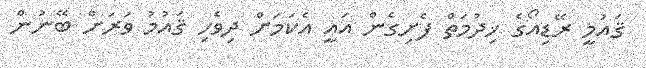
ޤައުމީ ރޭޑިއޯގެ ޚިދުމަތް ފެށިގެން އައީ އެކަމަށް ދިވެހި ޤައުމު ވަރަށް ބޭނުން